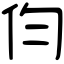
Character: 伨